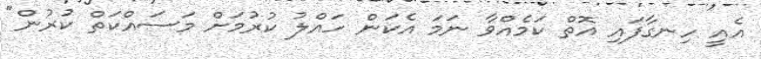
އެއީ ހިނގާފައި އޮތް ކަމެއްވާ ނަމަ އެކަން ހައްލު ކުރުމަށް މަސައްކަތް ކުރުން"